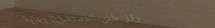
مركز طبي المستقبل: رعاية